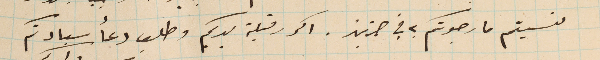
نسيتم ما رجوتكم به في جزين. اكرر قبلة يديكم وطلب دعأ سيادتكم